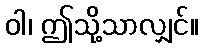
ဝါ၊ ဤသို့သာလျှင်။